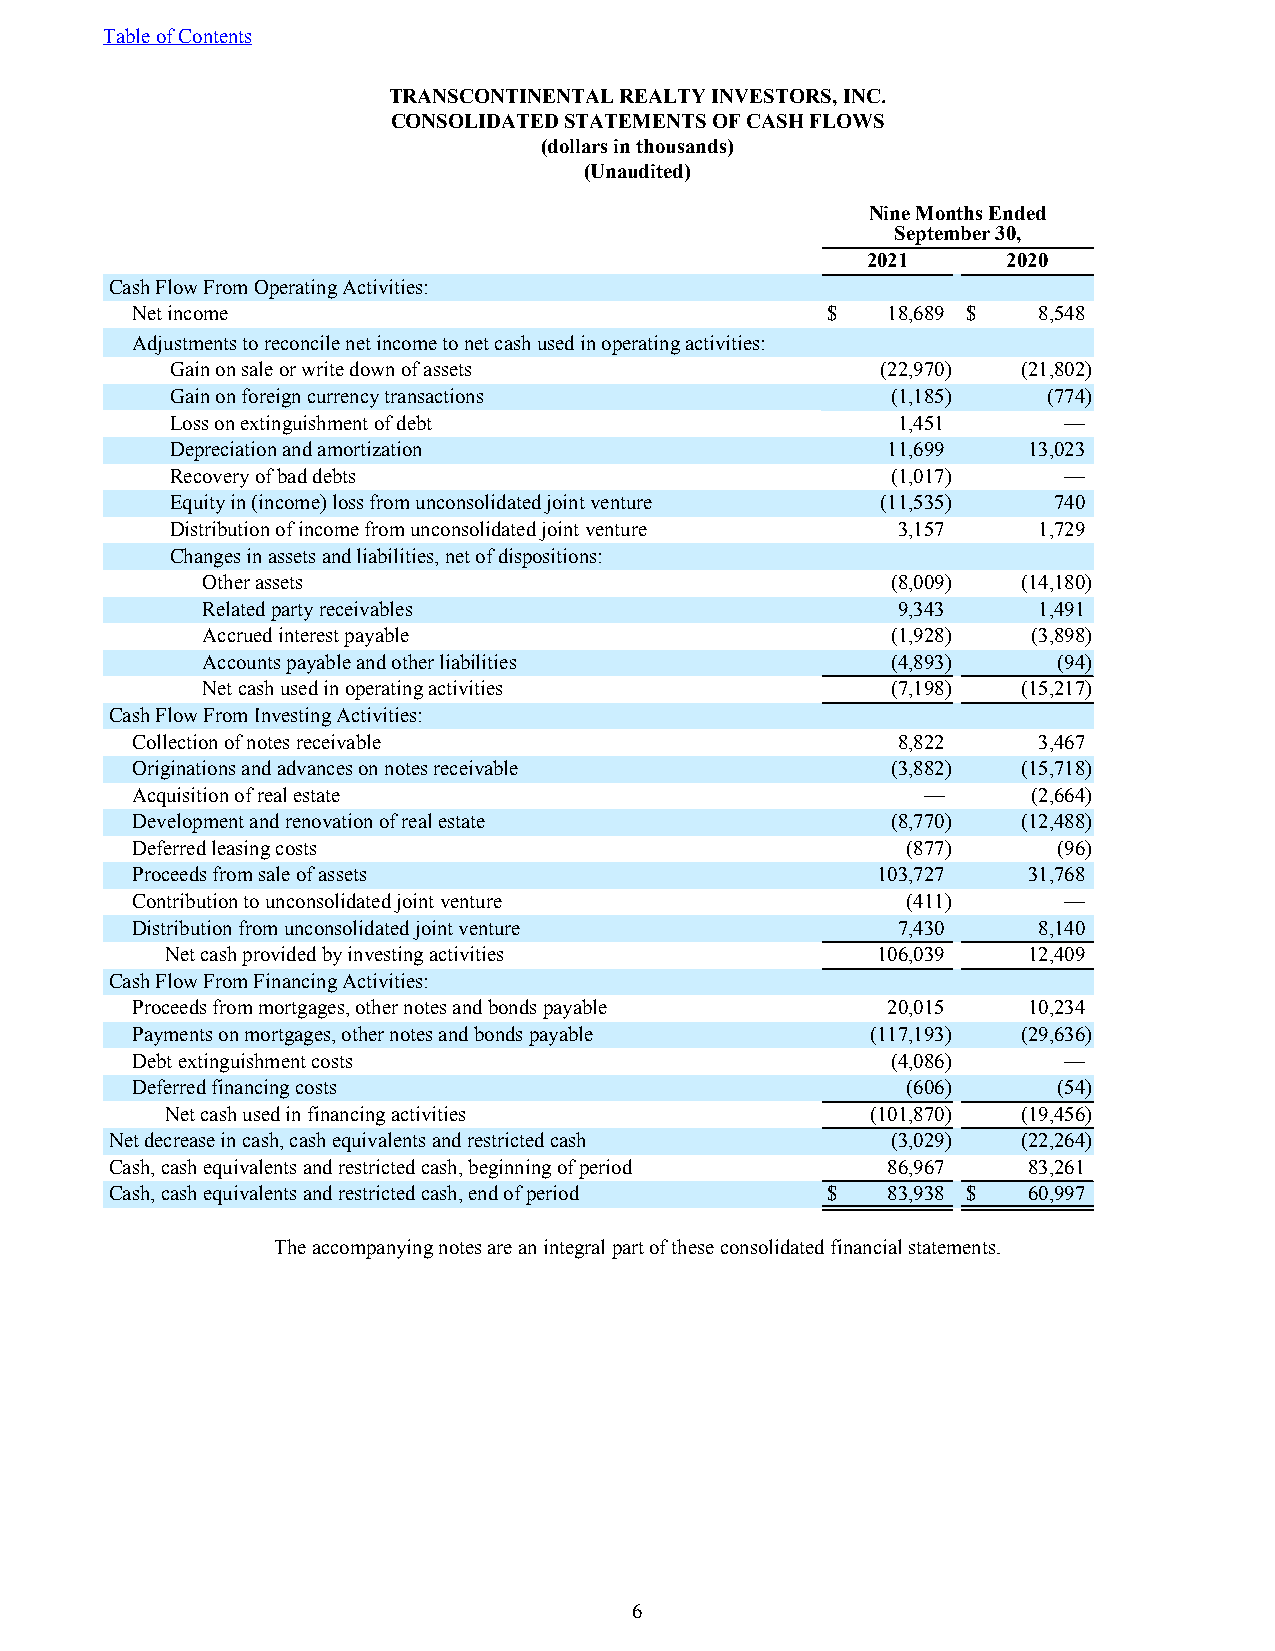
Table of Contents
 TRANSCONTINENTAL REALTY INVESTORS, INC.
 CONSOLIDATED STATEMENTS OF CASH FLOWS
 (dollars in thousands)
 (Unaudited)
 Nine Months Ended
 September 30,
 2021      2020
 Cash Flow From Operating Activities:
 Net income                                    $   18,689 $  8,548
 Adjustments to reconcile net income to net cash used in operating activities:
 Gain on sale or write down of assets           (22,970)  (21,802)
 Gain on foreign currency transactions           (1,185)   (774)
 Loss on extinguishment of debt                  1,451      —
 Depreciation and amortization                   11,699   13,023
 Recovery of bad debts                           (1,017)    —
 Equity in (income) loss from unconsolidated joint venture (11,535) 740
 Distribution of income from unconsolidated joint venture 3,157 1,729
 Changes in assets and liabilities, net of dispositions:
 Other assets                                  (8,009)  (14,180)
 Related party receivables                     9,343     1,491
 Accrued interest payable                      (1,928)  (3,898)
 Accounts payable and other liabilities        (4,893)    (94)
 Net cash used in operating activities         (7,198)  (15,217)
 Cash Flow From Investing Activities:
 Collection of notes receivable                    8,822     3,467
 Originations and advances on notes receivable     (3,882)  (15,718)
 Acquisition of real estate                          —      (2,664)
 Development and renovation of real estate         (8,770)  (12,488)
 Deferred leasing costs                             (877)     (96)
 Proceeds from sale of assets                     103,727   31,768
 Contribution to unconsolidated joint venture       (411)     —
 Distribution from unconsolidated joint venture    7,430     8,140
 Net cash provided by investing activities      106,039   12,409
 Cash Flow From Financing Activities:
 Proceeds from mortgages, other notes and bonds payable 20,015 10,234
 Payments on mortgages, other notes and bonds payable (117,193) (29,636)
 Debt extinguishment costs                         (4,086)    —
 Deferred financing costs                           (606)     (54)
 Net cash used in financing activities          (101,870) (19,456)
 Net decrease in cash, cash equivalents and restricted cash (3,029) (22,264)
 Cash, cash equivalents and restricted cash, beginning of period 86,967 83,261
 Cash, cash equivalents and restricted cash, end of period $ 83,938 $ 60,997
 The accompanying notes are an integral part of these consolidated financial statements.
 6